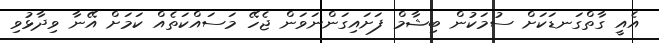
އެއީ ގާތްގަނޑަކަށް ސުމަކުން ބިޝާމް ފަށައިގަންނަވަން ޖެހޭ މަސައްކަތެއް ކަމަށް އޭނާ ވިދާޅުވި